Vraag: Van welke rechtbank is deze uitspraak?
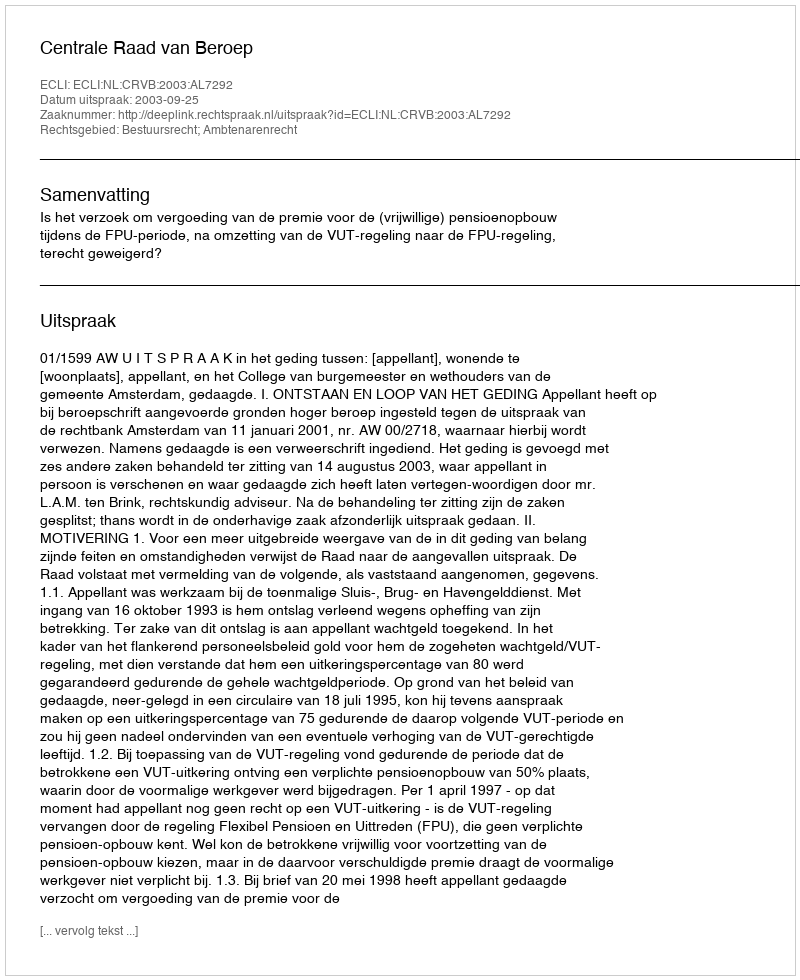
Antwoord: Centrale Raad van Beroep